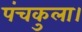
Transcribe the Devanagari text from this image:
पंचकुला।